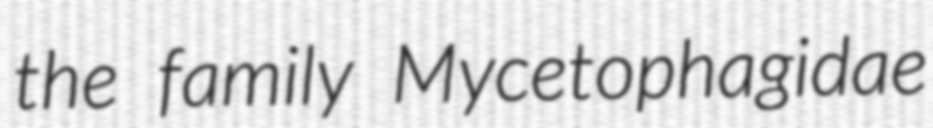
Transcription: the family Mycetophagidae